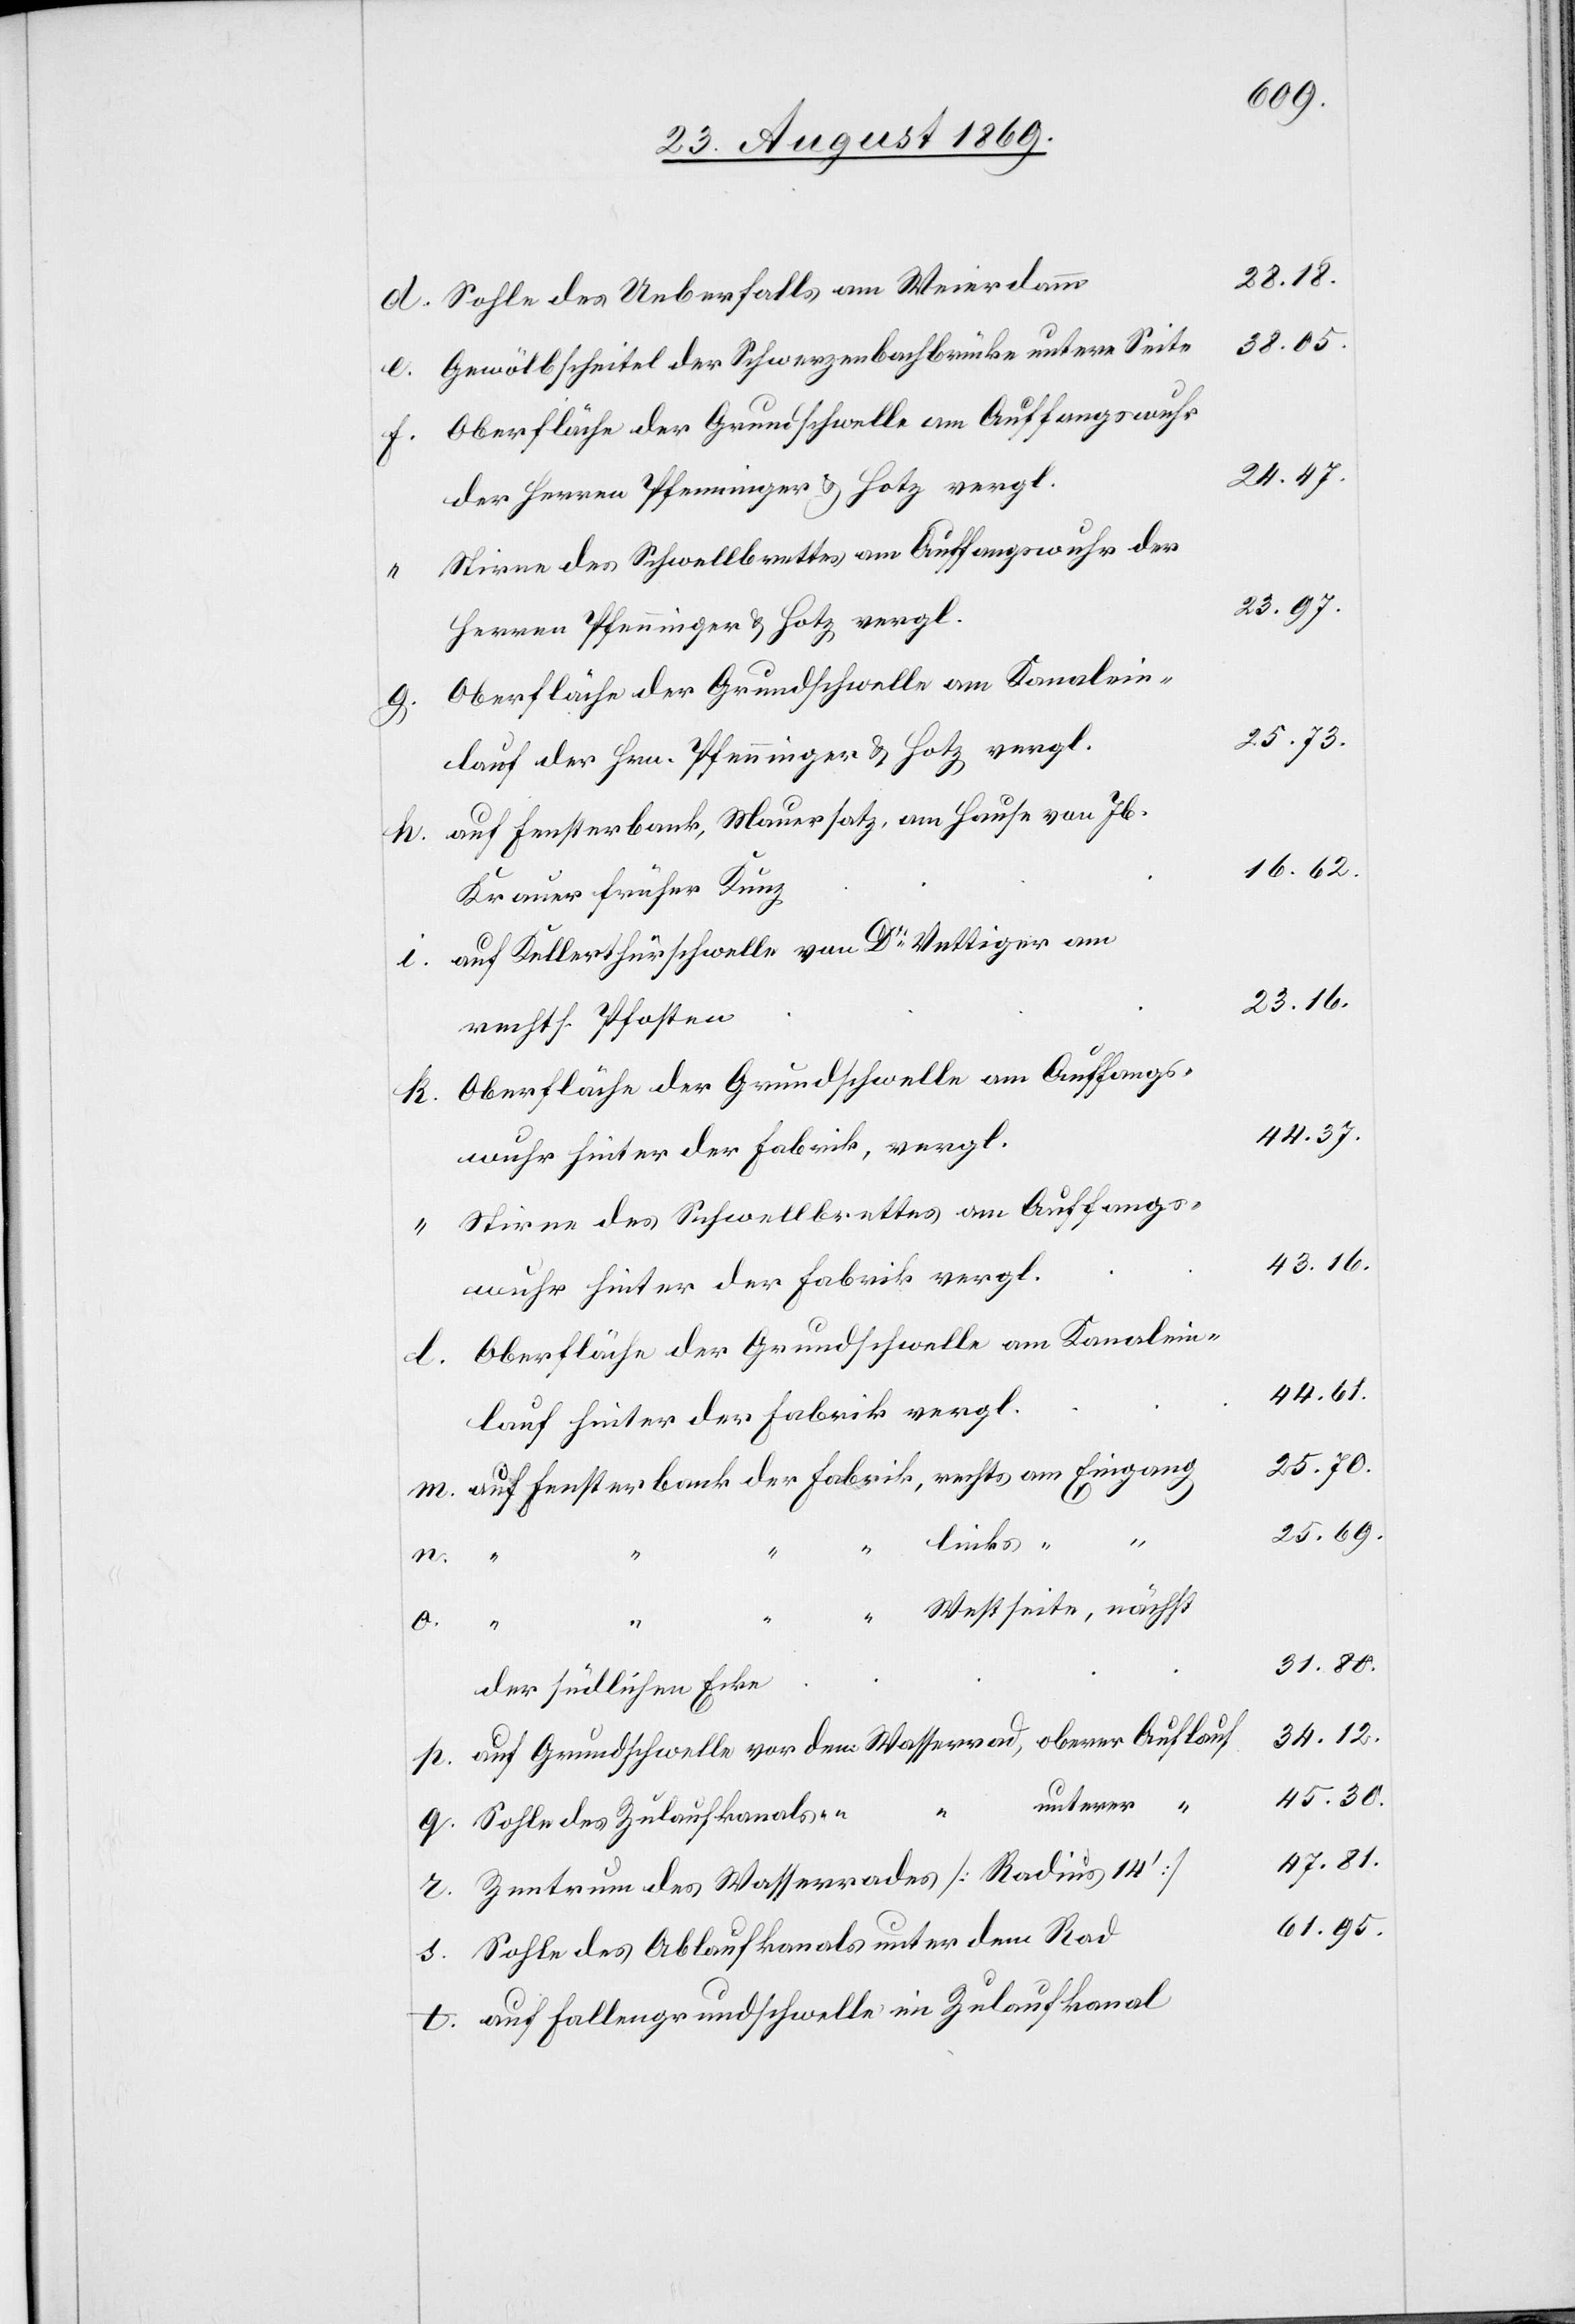
Sohle des Ueberfalls am Weierdamm
Gewölbscheitel der Schwerzenbachbrücke untere Seite
Oberfläche der Grundschwelle am Auffangswuhr
der Herren Pfenninger & Hotz vergl.
Stirne des Schwellbrettes am Auffangswuhr der
Herren Pfenninger & Hotz vergl.
lauf der Hrn. Pfenninger & Hotz vergl.
auf Fensterbank, Mauersatz, am Hause von Jb.
Krauer früher Kunz
auf Kellerthürschwelle von Dr Vettiger am
rechts. Pfosten
Oberfläche der Grundschwelle am Auffangs¬
wuhr hinter der Fabrik, vergl.
Stirne des Schwellbrettes am Auffangs¬
wuhr hinter der Fabrik vergl.
Oberfläche der Grundschwelle am Kanalein¬
lauf hinter der Fabrik vergl.
auf Fensterbank der Fabrik, rechts am Eingang
links “ “
o.
“
Westseite, nächst
r.
t.
der südlichen Ecke
auf Grundschwelle vor dem Wasserrad, oberer Auflauf
unterer “
Sohle des Zulaufkanals “ “
Zentrum des Wasserrades [Radius 14‘]
Sohle des Ablaufkanals unter dem Rad
auf Fallengrundschwelle im Zulaufkanal

28.18.
38.05.
24.47.
23.97.
25.73.
16.62.
23.16.
44.37.
43.16.
44.61.
25.70.
25.69.
31.80.
34.12.
45.30.
47.81.
61.95.